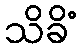
သိခိံ